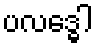
ပလဒ္ဓေါ